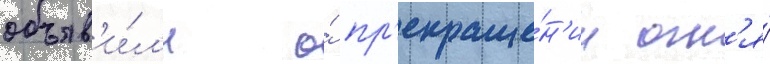
объяв'и́л'и о́ пр'екраще́н'ии огн'я́